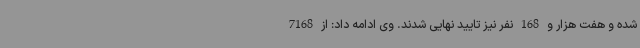
شده و هفت هزار و 168 نفر نیز تایید نهایی شدند. وی ادامه داد: از 7168